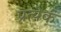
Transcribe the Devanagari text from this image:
प्रत्येकं